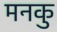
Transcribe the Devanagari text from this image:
मनकु